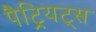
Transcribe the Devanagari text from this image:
पैट्रियट्स